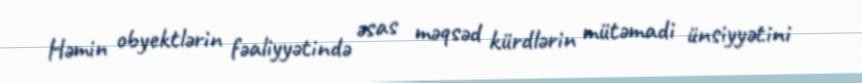
Həmin obyektlərin fəaliyyətində əsas məqsəd kürdlərin mütəmadi ünsiyyətini